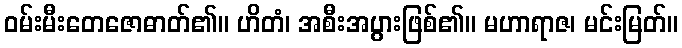
ဝမ်းမီးတေဇောဓာတ်၏။ ဟိတံ၊ အစီးအပွားဖြစ်၏။ မဟာရာဇ၊ မင်းမြတ်။